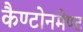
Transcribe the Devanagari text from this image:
कैण्टोनमेण्ट